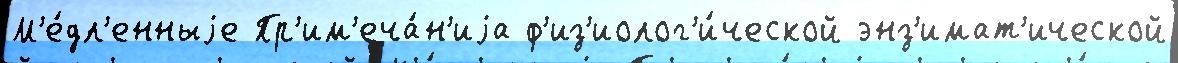
М'е́дл'енныjе Пр'им'еча́н'иjа ф'из'иолог'и́ческой энз'имат'ической